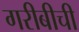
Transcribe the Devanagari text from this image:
गरीबीची